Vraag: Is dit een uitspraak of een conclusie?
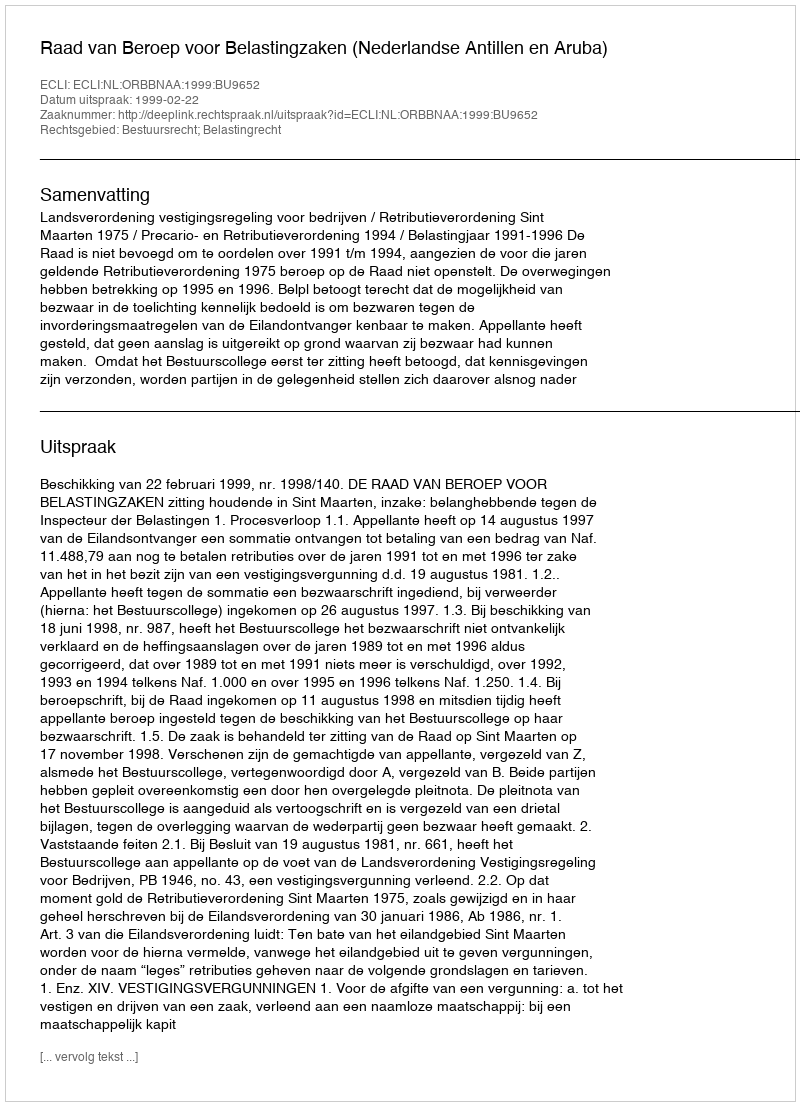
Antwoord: Uitspraak